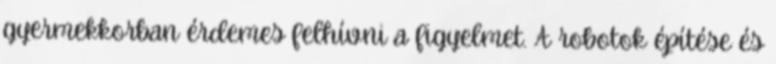
gyermekkorban érdemes felhívni a figyelmet. A robotok építése és